Leprosy in India: report of the Leprosy Commission in India, 1890-91
Year: 1890
Disease focus: Leprosy
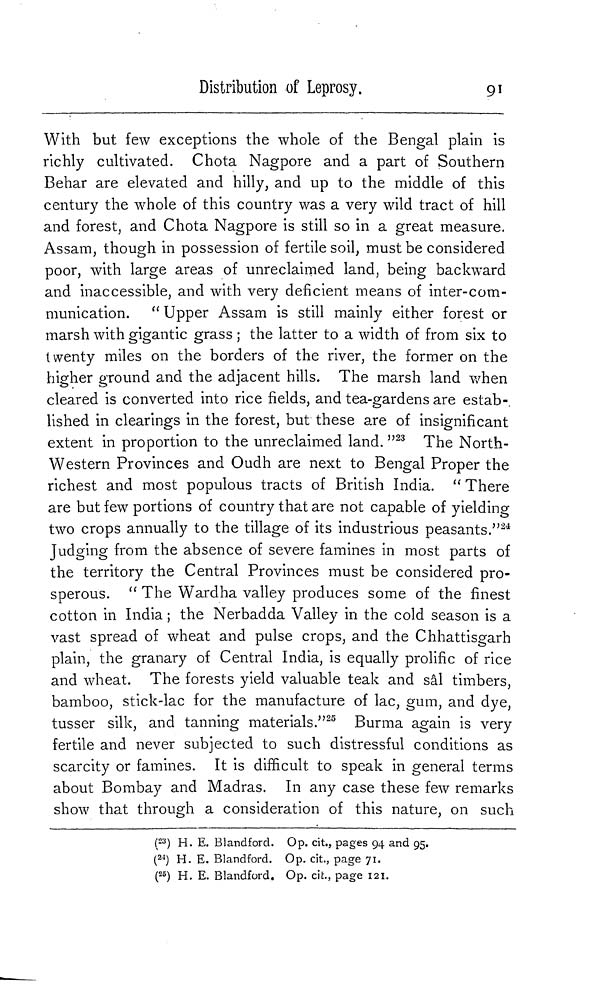
Distribution of Leprosy.
91
With but few exceptions the whole of the Bengal plain is
richly cultivated. Chota Nagpore and a part of Southern
Behar are elevated and hilly, and up to the middle of this
century the whole of this country was a very wild tract of hill
and forest, and Chota Nagpore is still so in a great measure.
Assam, though in possession of fertile soil, must be considered
poor, with large areas of unreclaimed land, being backward
and inaccessible, and with very deficient means of inter-com-
munication. " Upper Assam is still mainly either forest or
marsh with gigantic grass ; the latter to a width of from six to
twenty miles on the borders of the river, the former on the
higher ground and the adjacent hills. The marsh land when
cleared is converted into rice fields, and tea-gardens are estab-,
lished in clearings in the forest, but these are of insignificant
extent in proportion to the unreclaimed land. " 23 The North-
Western Provinces and Oudh are next to Bengal Proper the
richest and most populous tracts of British India. " There
are but few portions of country that are not capable of yielding
two crops annually to the tillage of its industrious peasants." 24
Judging from the absence of severe famines in most parts of
the territory the Central Provinces must be considered pro-
sperous. " The Wardha valley produces some of the finest
cotton in India ; the Nerbadda Valley in the cold season is a
vast spread of wheat and pulse crops, and the Chhattisgarh
plain, the granary of Central India, is equally prolific of rice
and wheat. The forests yield valuable teak and sâl timbers,
bamboo, stick-lac for the manufacture of lac, gum, and dye,
tusser silk, and tanning materials." 25 Burma again is very
fertile and never subjected to such distressful conditions as
scarcity or famines. It is difficult to speak in general terms
about Bombay and Madras. In any case these few remarks
show that through a consideration of this nature, on such
( 23 ) H. E. Blandford. Op. cit., pages 94 and 95.
( 24 ) H. E. Blandford. Op. cit., page 71.
( 25 ) H. E. Blandford. Op. cit., page 121.